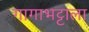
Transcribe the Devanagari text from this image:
गागाभट्टाला